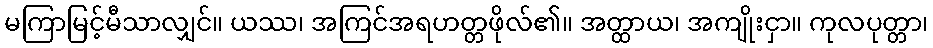
မကြာမြင့်မီသာလျှင်။ ယဿ၊ အကြင်အရဟတ္တဖိုလ်၏။ အတ္ထာယ၊ အကျိုးငှာ။ ကုလပုတ္တာ၊